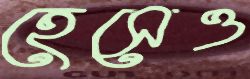
হেসেও